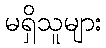
မရှိသူများ